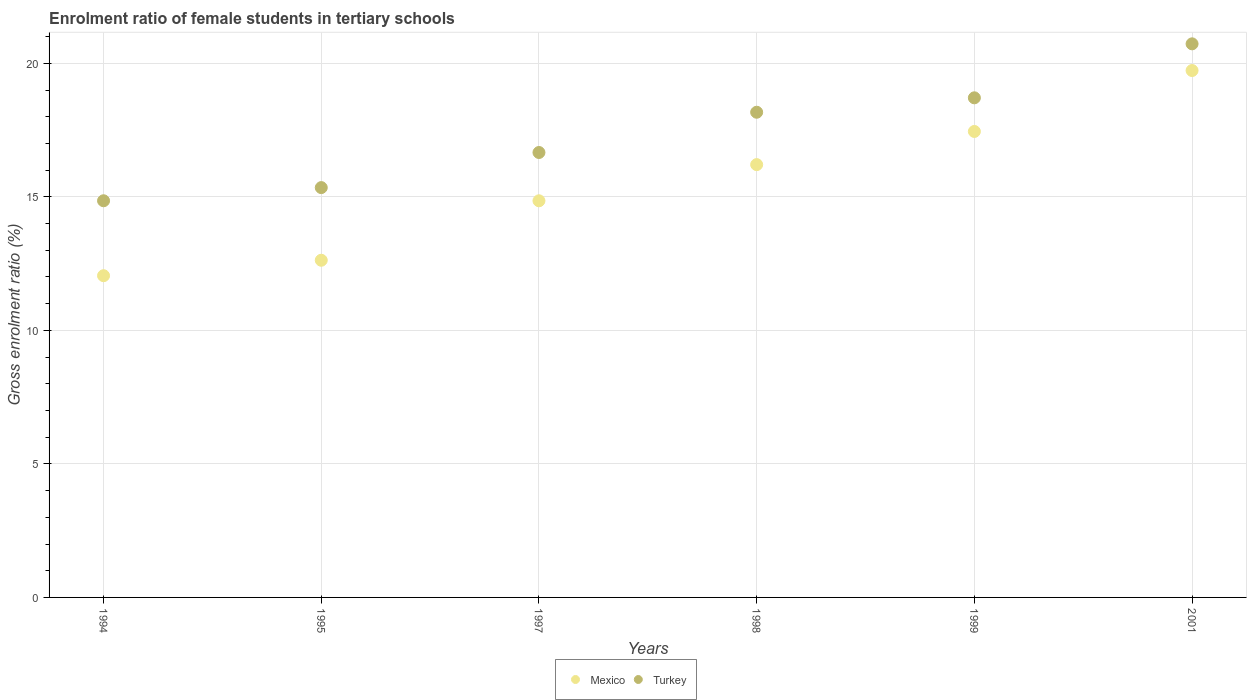
| Years | Mexico | Turkey |
 | --- | --- | --- |
 | 1994 | 12 | 14.9 |
 | 1995 | 12.6 | 15.3 |
 | 1997 | 14.9 | 16.7 |
 | 1998 | 16.2 | 18.2 |
 | 1999 | 17.4 | 18.7 |
 | 2001 | 19.7 | 20.7 |